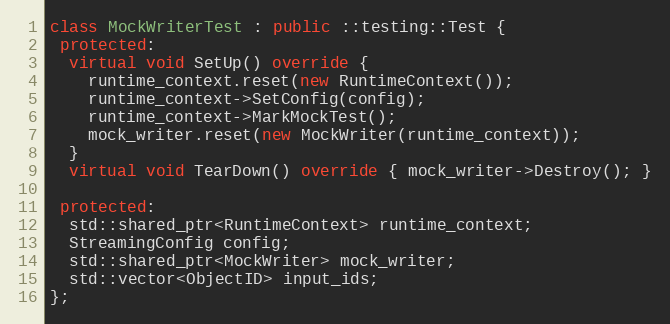
Language: C++
class MockWriterTest : public ::testing::Test {
 protected:
  virtual void SetUp() override {
    runtime_context.reset(new RuntimeContext());
    runtime_context->SetConfig(config);
    runtime_context->MarkMockTest();
    mock_writer.reset(new MockWriter(runtime_context));
  }
  virtual void TearDown() override { mock_writer->Destroy(); }

 protected:
  std::shared_ptr<RuntimeContext> runtime_context;
  StreamingConfig config;
  std::shared_ptr<MockWriter> mock_writer;
  std::vector<ObjectID> input_ids;
};